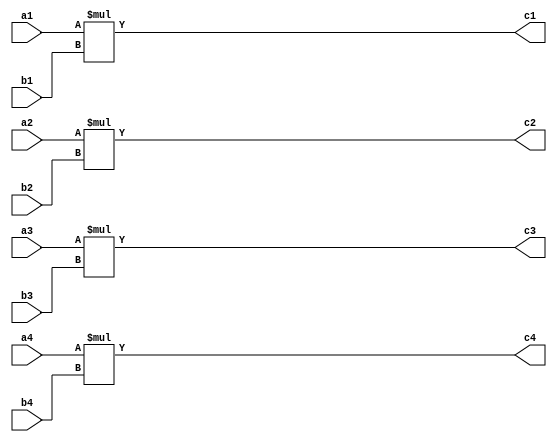
module crossproduct (
    //Defines input values to be elements in a vector.
    //The values are an array of bits ranging from 0 to 8 bits.
    //This means that each element can contain 256 different numbers.
    input [7:0] a1, a2, a3, a4,
    input [7:0] b1, b2, b3, b4,

    //Defines an output that will be elements in the resulting vector.
    //The values are an array of bits ranging from 0 to 8 bits.
    output [7:0] c1, c2, c3, c4
);

    //We assign each element in the resulting vector the product of input vector 1 and input vector 2.
    assign c1 = a1 * b1; 
    assign c2 = a2 * b2; 
    assign c3 = a3 * b3;
    assign c4 = a4 * b4;
    
endmodule